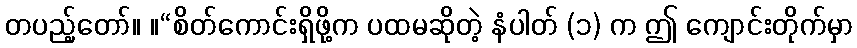
တပည့်တော်။ ။“စိတ်ကောင်းရှိဖို့က ပထမဆိုတဲ့ နံပါတ် (၁) က ဤ ကျောင်းတိုက်မှာ